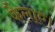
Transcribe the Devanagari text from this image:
फैलाएं।